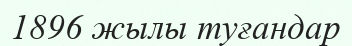
1896 жылы туғандар